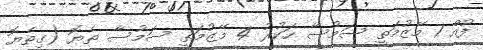
ފުއް 1 މޭޒުމަތީ ސަމުސާ ހަކުރު 4 މޭޒުމަތީ ސަމުސާ ތެޔޮ (ގިތެޔޮ